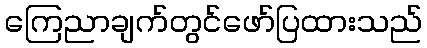
ကြေညာချက်တွင်ဖော်ပြထားသည်